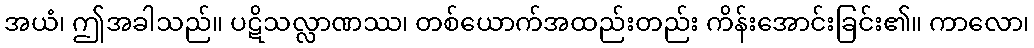
အယံ၊ ဤအခါသည်။ ပဋိသလ္လာဏဿ၊ တစ်ယောက်အထည်းတည်း ကိန်းအောင်းခြင်း၏။ ကာလော၊